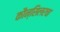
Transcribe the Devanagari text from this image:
कौन्सिलरचा